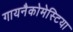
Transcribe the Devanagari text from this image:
गायनैकोमेस्टिया